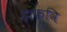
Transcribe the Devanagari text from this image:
है।कवि